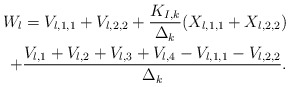
\begin{align*}\begin{aligned}W_{l}= V_{l,1,1}+V_{l,2,2}+\frac{K_{I,k}}{\Delta_k }( X_{l,1,1}+X_{l,2,2})\\+\frac{V_{l,1}+V_{l,2}+V_{l,3}+V_{l,4}-V_{l,1,1}-V_{l,2,2}}{\Delta_{k}}.\end{aligned}\end{align*}